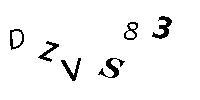
DZVS83